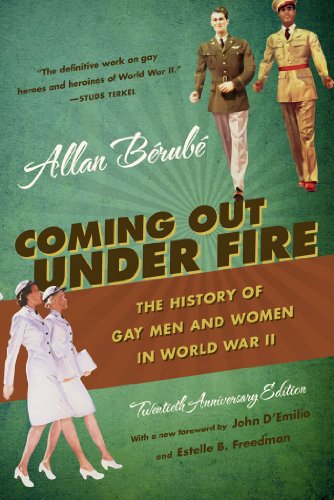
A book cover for Coming Out Under Fire: The History of Gay Men and Women in World War II; Allan BÃ©rubÃ©; Gay & Lesbian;